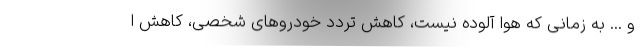
و ... به زمانی که هوا آلوده نیست، کاهش تردد خودروهای شخصی، کاهش ا